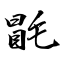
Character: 毷